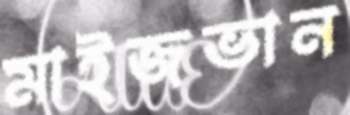
মাইজভান